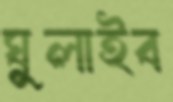
ঘুলাইব